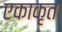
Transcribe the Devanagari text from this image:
एकाकृत